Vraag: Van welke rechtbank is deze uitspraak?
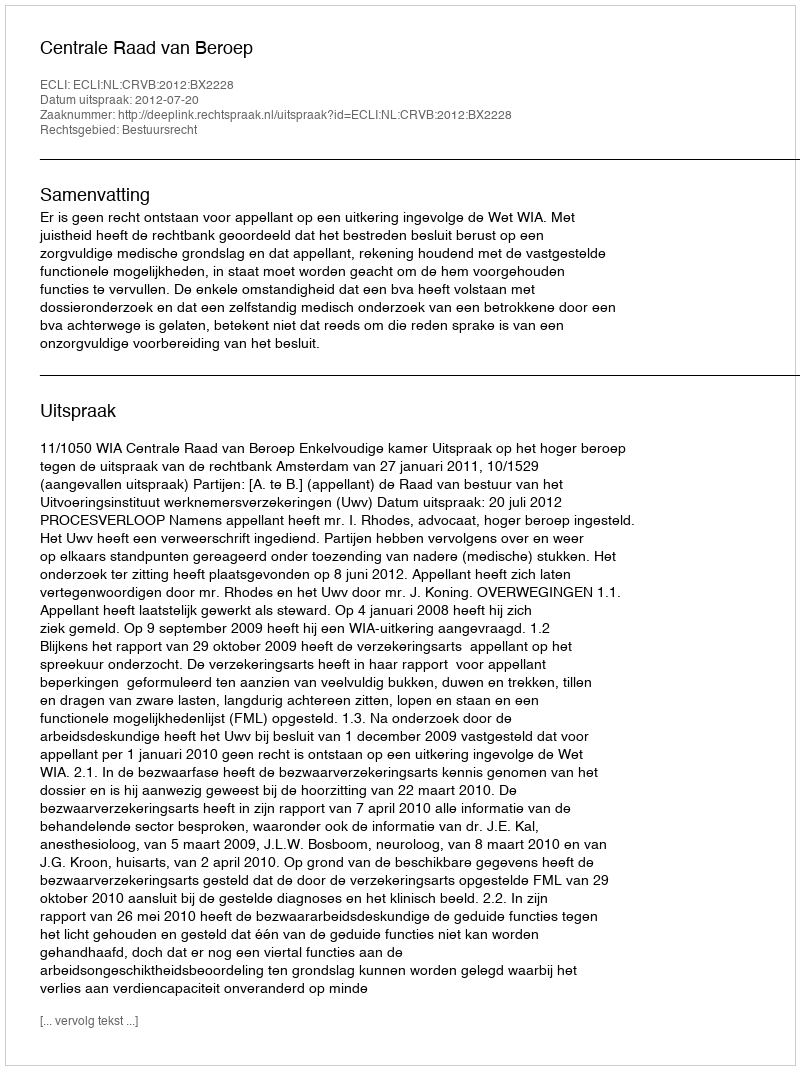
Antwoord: Centrale Raad van Beroep